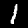
Digit: 1